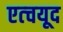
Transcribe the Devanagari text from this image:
एत्चयूद